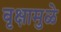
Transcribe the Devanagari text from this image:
वृक्षामुळे